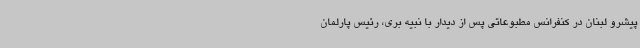
پیشرو لبنان در کنفرانس مطبوعاتی پس از دیدار با نبیه بری، رئیس پارلمان